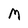
Character: M